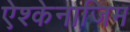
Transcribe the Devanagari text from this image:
ऐश्केनाजिम